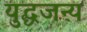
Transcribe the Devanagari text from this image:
युद्धजन्‍य